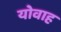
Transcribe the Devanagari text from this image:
योवाह